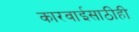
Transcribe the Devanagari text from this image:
कारवाईसाठीही